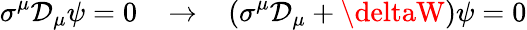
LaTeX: \sigma^{\mu}\mathcal{D}_{\mu}\psi=0\; \; \; \rightarrow\; \; \; (\sigma^{\mu}\mathcal{D}_{\mu}+\deltaW)\psi=0